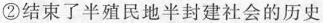
②结束了半殖民地半封建社会的历史